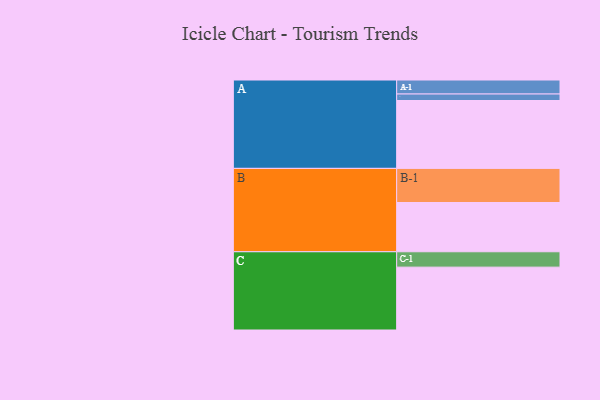
{"axis": {"x": "Segment", "y": "Value"}, "legend": ["", "A", "B", "C"], "data": [{"x": "A", "y": 543, "type": ""}, {"x": "B", "y": 394, "type": ""}, {"x": "C", "y": 503, "type": ""}, {"x": "A-1", "y": 112, "type": "A"}, {"x": "A-2", "y": 52, "type": "A"}, {"x": "B-1", "y": 273, "type": "B"}, {"x": "C-1", "y": 123, "type": "C"}]}